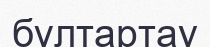
бұлтартау